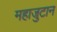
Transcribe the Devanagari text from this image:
महाजुटान